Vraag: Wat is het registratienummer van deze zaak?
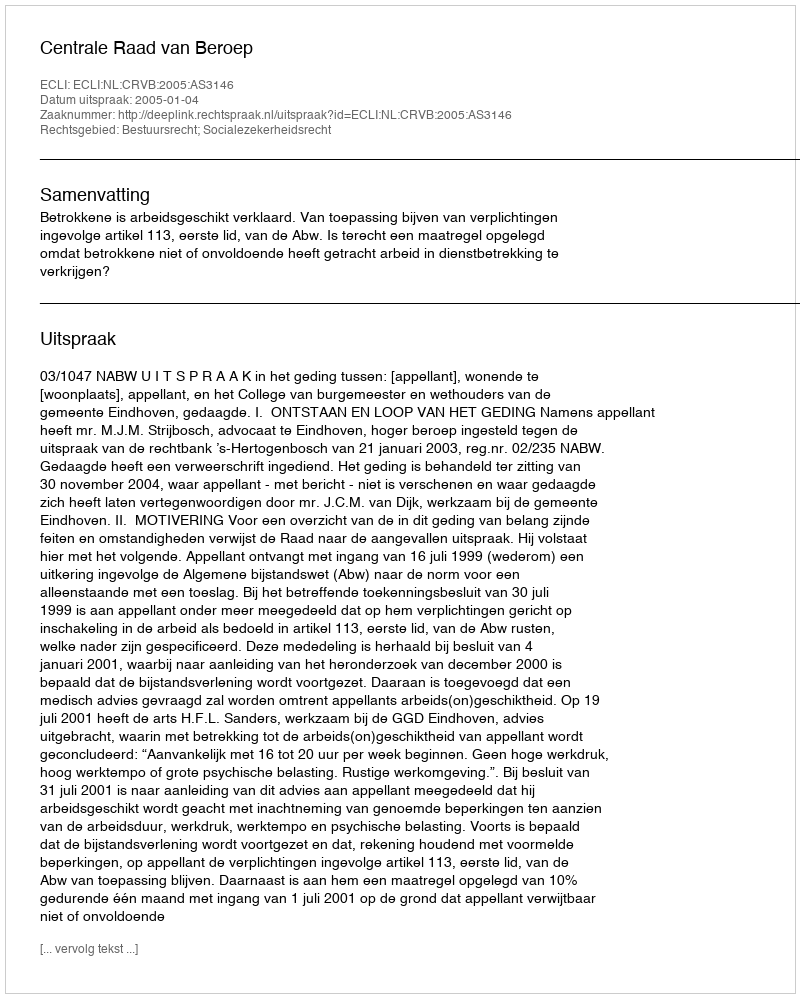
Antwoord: http://deeplink.rechtspraak.nl/uitspraak?id=ECLI:NL:CRVB:2005:AS3146